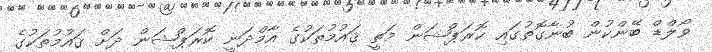
ވޯލްޑް ބޭންކުން ބުނާގޮތުގައި ކޮރަޕްޝަން މަތީ ޤައުމުތަކުގެ އާމްދަނީ ކޮރަޕްޝަން ދަށް ޤައުމުތަކުގެ